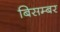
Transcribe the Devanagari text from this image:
बिसम्बर